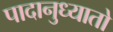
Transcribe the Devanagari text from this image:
पादानुध्यातो